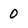
Character: 0